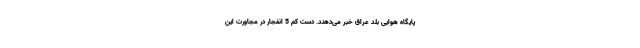
پایگاه هوایی بلد عراق خبر می‌دهند. دست کم 5 انفجار در مجاورت این